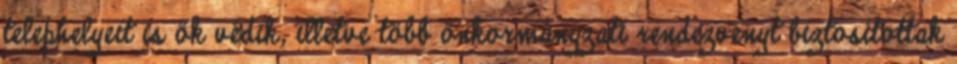
telephelyeit is ők védik, illetve több önkormányzati rendezvényt biztosítottak